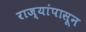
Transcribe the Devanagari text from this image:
राज्यांपासून